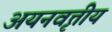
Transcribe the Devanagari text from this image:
अयनवृत्तीय